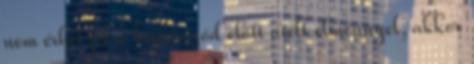
nem érhet fel a képernyőd előtt átélt élménnyel, akkor